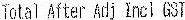
TOTAL AFTER ADJ INCL GST